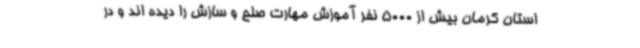
استان کرمان بیش از 5000 نفر آموزش مهارت صلح و سازش را دیده اند و در